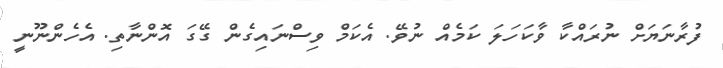
ފުރާނަޔަށް ނުރައްކާ ވާކަހަލަ ކަމެއް ނުވޭ. އެކަމް ވިސްނައިގެން ގޭގަ އޮންނާތި. އެހެންނޫނީ